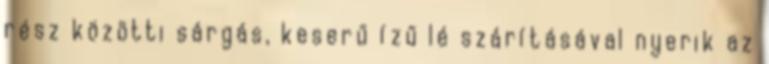
rész közötti sárgás, keserű ízű lé szárításával nyerik az